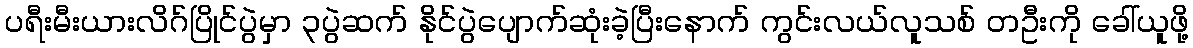
ပရီးမီးယားလိဂ်ပြိုင်ပွဲမှာ ၃ပွဲဆက် နိုင်ပွဲပျောက်ဆုံးခဲ့ပြီးနောက် ကွင်းလယ်လူသစ် တဦးကို ခေါ်ယူဖို့